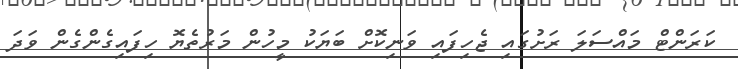
ކަރަންޓް މައްސަލަ ރަށުގައި ޖެހިފައި ވަނިކޮށް ބަޔަކު މީހުން މަރުތެޔޮ ހިފައިގެންގެން ވަދަ